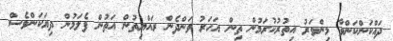
ދައްކަންކަންވާ މިންވަރު އިތުރުކުރަމުން ތިން އަހަރު ވަންދެން ރައްޔިތުން އަތުން ފެލަމުން ދިޔަކަންވެސް